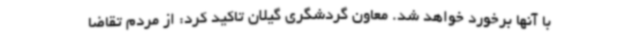
با آنها برخورد خواهد شد. معاون گردشگری گیلان تاکید کرد: از مردم تقاضا